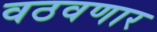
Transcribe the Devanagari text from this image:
वठवणार